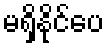
မရှိနိုင်ပေ